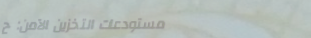
مستودعات التخزين الآمن: ح